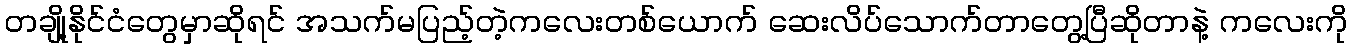
တချို့နိုင်ငံတွေမှာဆိုရင် အသက်မပြည့်တဲ့ကလေးတစ်ယောက် ဆေးလိပ်သောက်တာတွေ့ပြီဆိုတာနဲ့ ကလေးကို